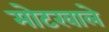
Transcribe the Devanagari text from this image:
मोटरवाले